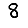
Digit: 8